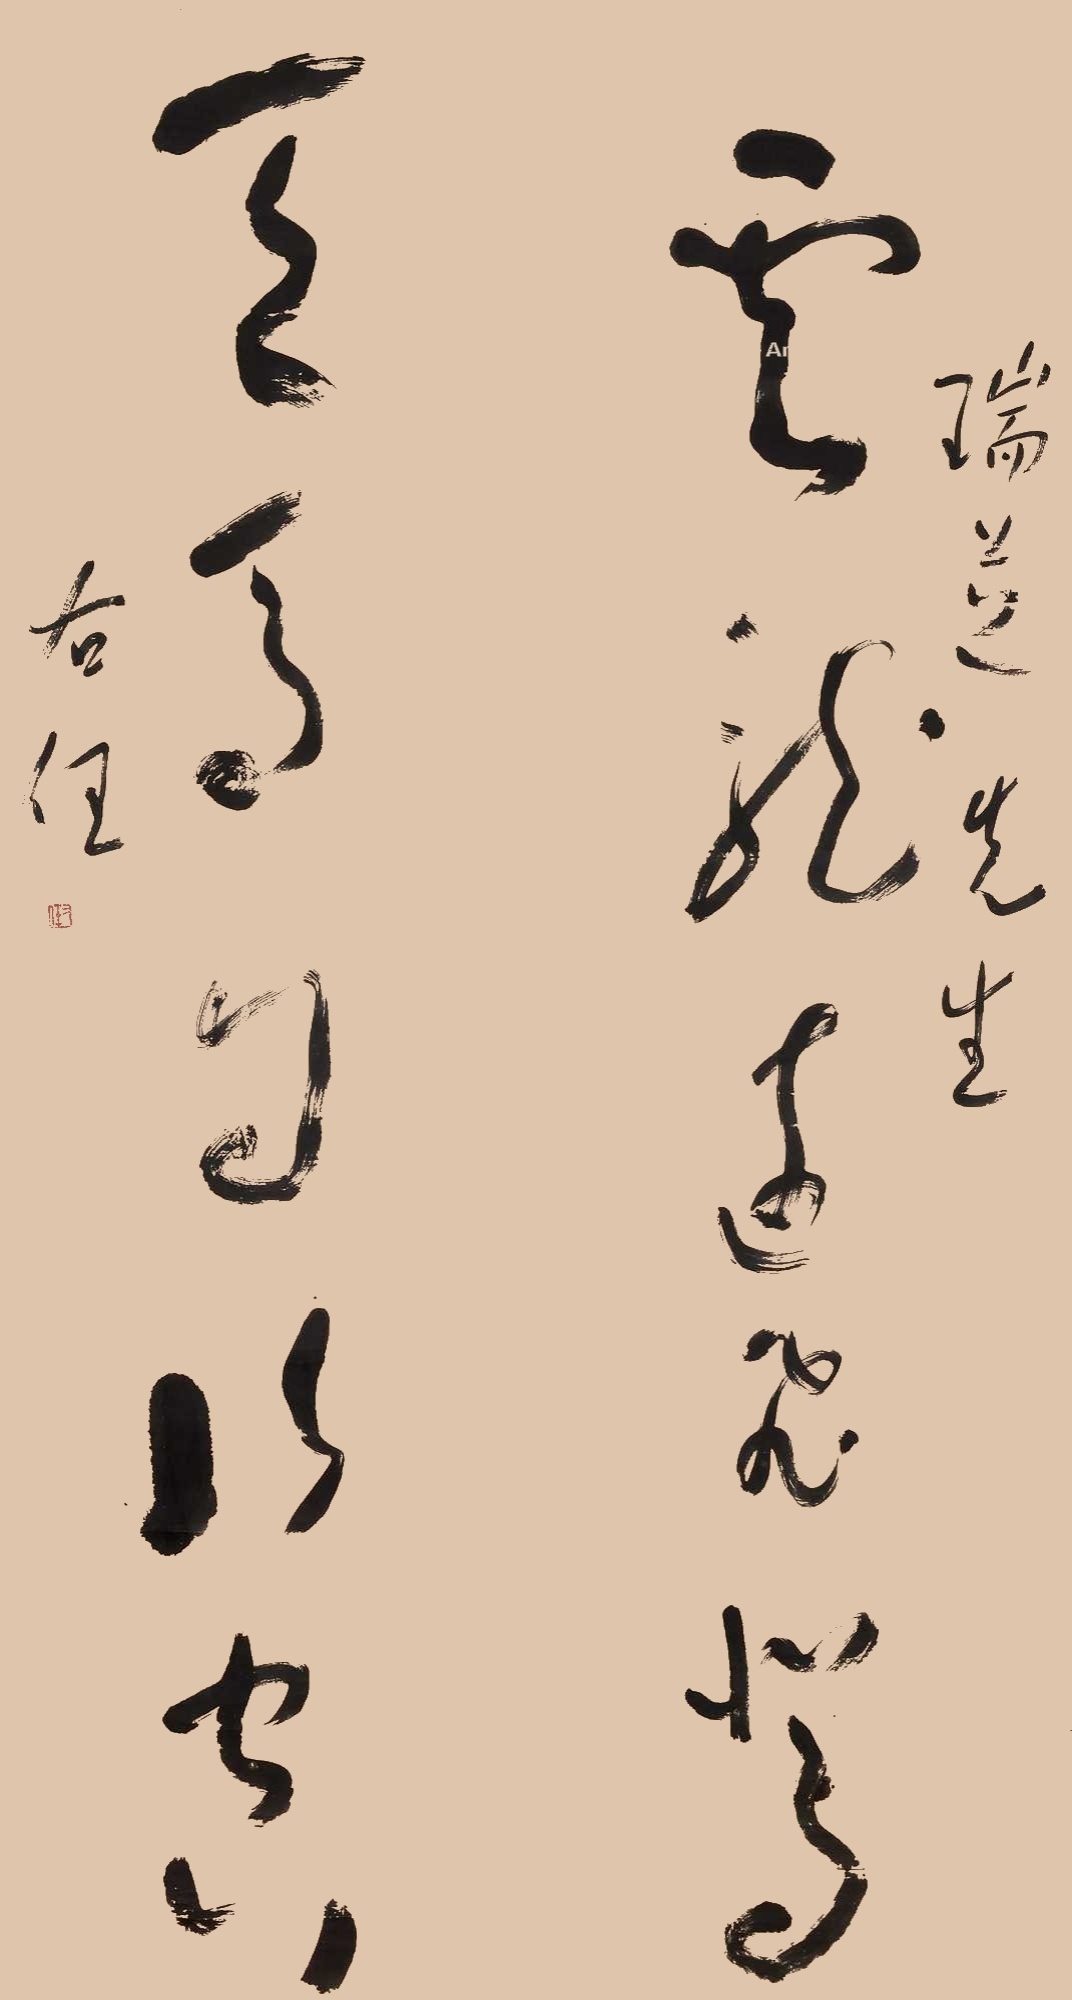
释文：云龙远飞驾，天马自行空。瑞芝先生，右任。